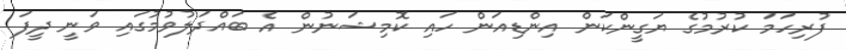
ފުރިހަމަ ކުރުމުގެ ޔަގީންކަން އިންޑިއަން ހައި ކޮމިޝަނުން އެ ބައްދަލުވުމުގައި ވަނީ ދީފަ